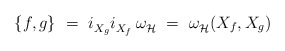
\begin{align*} \{f,g\}~=~i_{X_g}^{} i_{X_f}^{} \, \omega_{\mathcal{H}}^{}~ =~\omega_{\mathcal{H}}^{}(X_f,X_g)\end{align*}